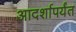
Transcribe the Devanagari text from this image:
आदर्शापर्यंत